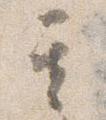
其